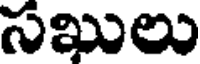
సఖులు